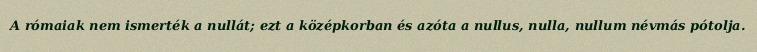
A rómaiak nem ismerték a nullát; ezt a középkorban és azóta a nullus, nulla, nullum névmás pótolja.